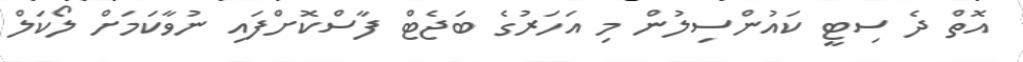
އޮތް ދެ ސިޓީ ކައުންސިލުން މި އަހަރުގެ ބަޖެޓް ފާސްކޮށްފައި ނުވާކަމަށް ލޯކަލް